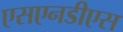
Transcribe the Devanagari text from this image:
एसएनडीएस